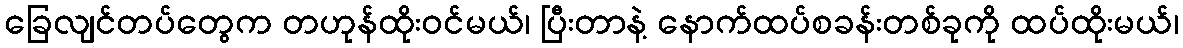
ခြေလျင်တပ်တွေက တဟုန်ထိုးဝင်မယ်၊ ပြီးတာနဲ့ နောက်ထပ်စခန်းတစ်ခုကို ထပ်ထိုးမယ်၊